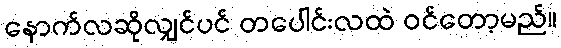
နောက်လဆိုလျှင်ပင် တပေါင်းလထဲ ဝင်တော့မည်။